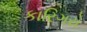
કારિગરો